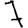
Digit: 7